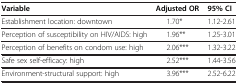
<table><thead><tr><td><b>Variable</b></td><td><b>Adjusted OR</b></td><td><b>95% CI</b></td></tr></thead><tbody><tr><td>Establishment location: downtown</td><td>1.70*</td><td>1.12-2.61</td></tr><tr><td>Perception of susceptibility on HIV/AIDS: high</td><td>1.96**</td><td>1.25-3.01</td></tr><tr><td>Perception of benefits on condom use: high</td><td>2.06***</td><td>1.32-3.22</td></tr><tr><td>Safe sex self-efficacy: high</td><td>2.52***</td><td>1.44-3.56</td></tr><tr><td>Environment-structural support: high</td><td>3.96***</td><td>2.52-6.22</td></tr></tbody></table>